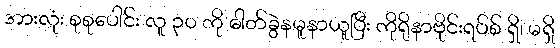
အားလုံး စုစုပေါင်း လူ ၃၀ ကို ဓါတ်ခွဲနမူနာယူပြီး ကိုရိုနာဗိုင်းရပ်စ် ရှိ၊ မရှိ